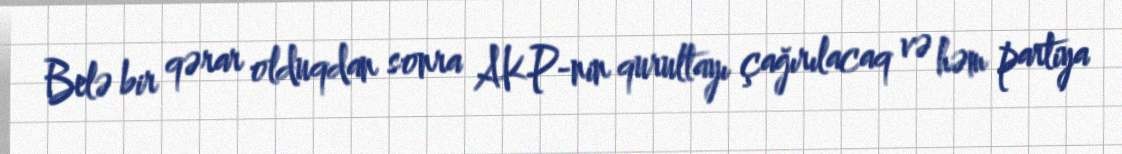
Belə bir qərar olduqdan sonra AKP-nin qurultayı çağırılacaq və həm partiya